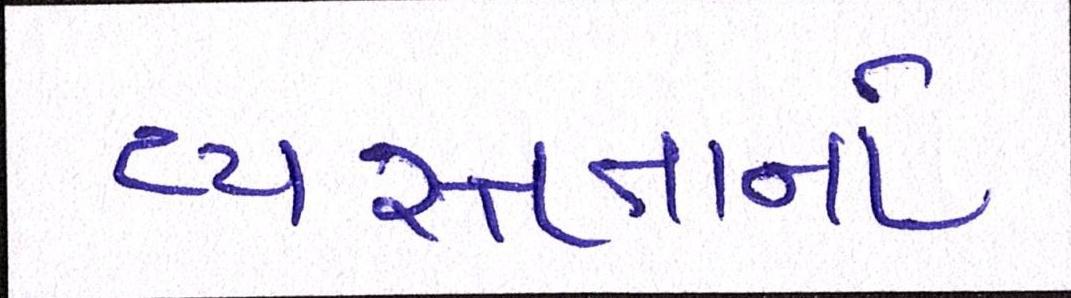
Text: વ્યસ્તતાનો